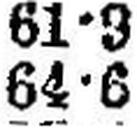
64•6